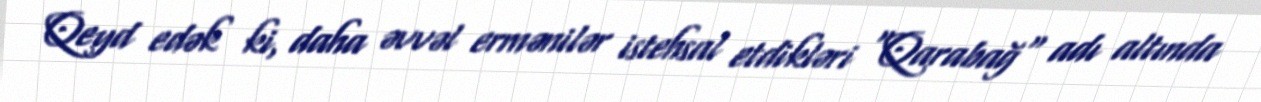
Qeyd edək ki, daha əvvəl ermənilər istehsal etdikləri "Qarabağ" adı altında